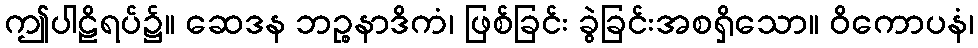
ဤပါဠိရပ်၌။ ဆေဒန ဘဉ္စနာဒိကံ၊ ဖြစ်ခြင်း ခွဲခြင်းအစရှိသော။ ဝိကောပနံ၊